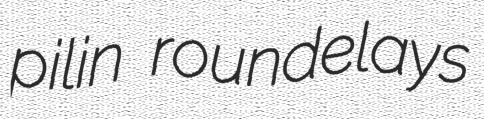
pilin roundelays